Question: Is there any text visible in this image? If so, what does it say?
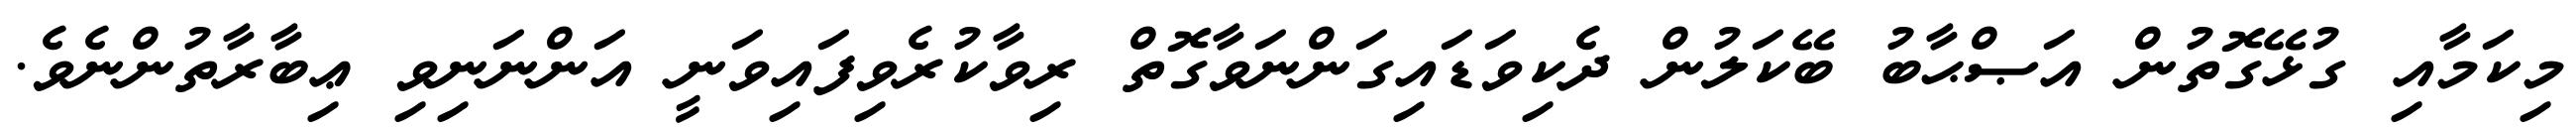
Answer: މިކަމާއި ގުޅޭގޮތުން އަޞްޙާބު ބޭކަލުން ދެކިވަޑައިގަންނަވާގޮތް ރިވާކުރެވިފައިވަނީ އަންނަނިވި ޢިބާރާތުންނެވެ.